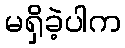
မရှိခဲ့ပါက